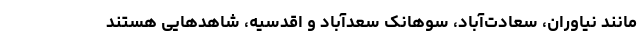
مانند نیاوران، سعادت‌آباد، سوهانک سعدآباد و اقدسیه، شاهدهایی هستند